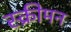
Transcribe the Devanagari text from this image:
स्क्रीमन